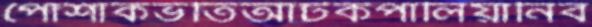
পোশাকভর্তিআটকপালিয়ানিব